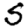
Digit: 5